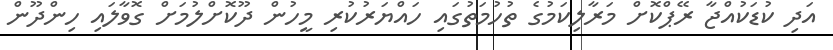
އަދި ކުޑަކުއްޖާ ރޭޕްކޮށް މަރާލިކަމުގެ ތުހުމަތުގައި ހައްޔަރުކުރި މީހުން ދޫކޮށްލުމަށް ގޮވާލައި ހިންދޫން